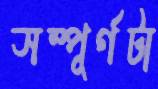
সম্পূর্ণটা